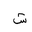
Letter: _shin